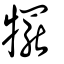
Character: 犤